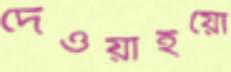
দেওয়াইয়ো